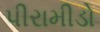
પીરામીડો